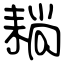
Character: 耥